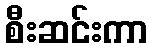
စီးဆင်းကာ